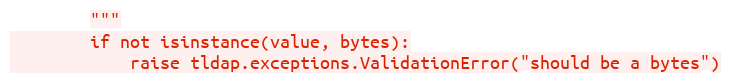
Language: Python
        """
        if not isinstance(value, bytes):
            raise tldap.exceptions.ValidationError("should be a bytes")